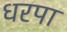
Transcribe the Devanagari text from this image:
धरपा